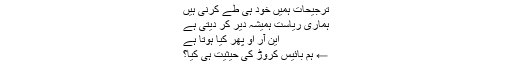
ترجیحات ہمیں خود ہی طے کرنی ہیں
ہماری ریاست ہمیشہ دیر کر دیتی ہے
این آر او پھر کیا ہوتا ہے
← ہم بائیس کروڑ کی حیثیت ہی کیا؟